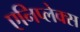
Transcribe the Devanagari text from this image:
एनिप्लेक्स